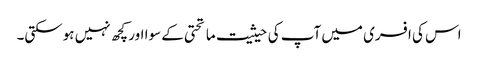
اس کی افسری میں آپ کی حیثیت ماتحتی کے سوا اور کچھ نہیں ہوسکتی۔